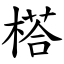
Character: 榙